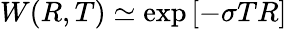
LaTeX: W(R,T)\simeq\exp\left[-\sigma TR\right]